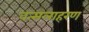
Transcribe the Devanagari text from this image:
वत्सलाहरण